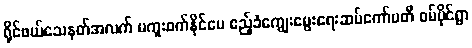
ရိုင်ဖယ်သေနတ်အလက် မကူးစက်နိုင်ပေ ဧည့်ခံကျွေးမွေးရေးဆပ်ကော်မတီ ဝမ်မိုင်ရွာ